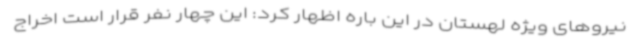
نیروهای ویژه لهستان در این باره اظهار کرد: این چهار نفر قرار است اخراج